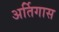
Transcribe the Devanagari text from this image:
अर्तिगास